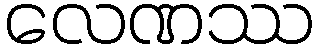
လေဏဿ